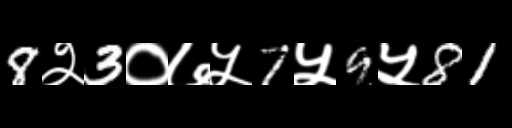
Text: 8२3०७५7५9५81